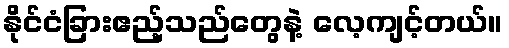
နိုင်ငံခြားဧည့်သည်တွေနဲ့ လေ့ကျင့်တယ်။